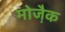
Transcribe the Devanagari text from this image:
मोजै़क